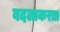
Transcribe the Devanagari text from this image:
बदलाकरता